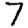
Digit: 7